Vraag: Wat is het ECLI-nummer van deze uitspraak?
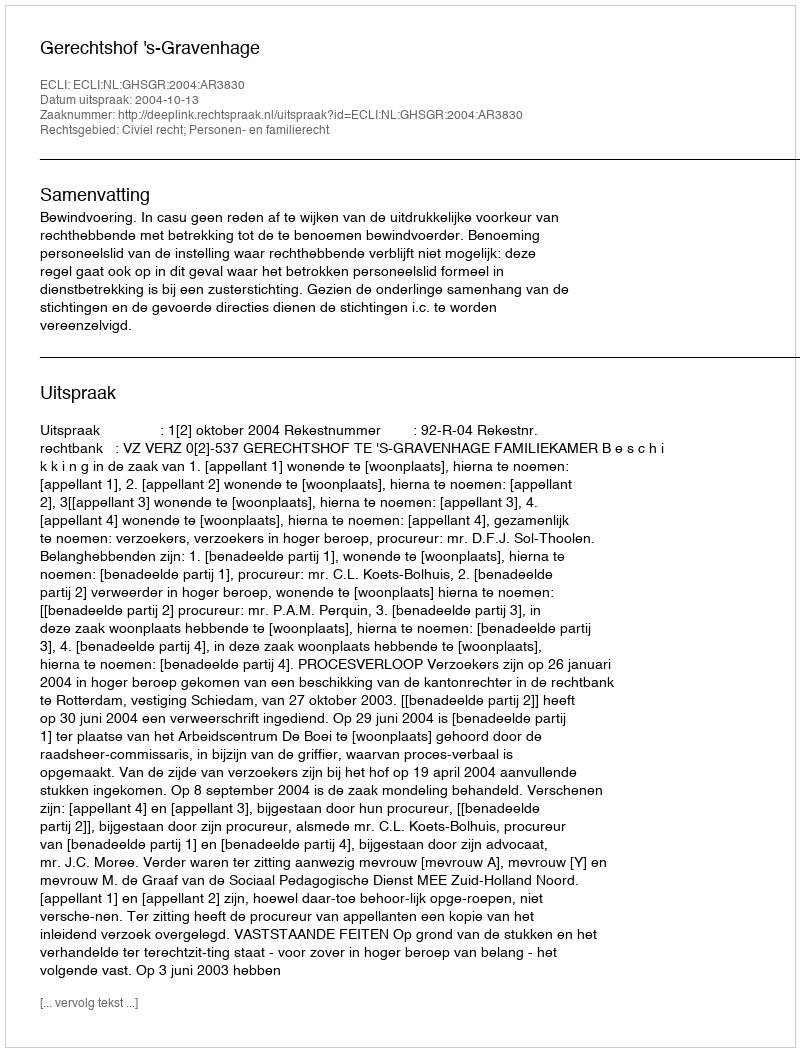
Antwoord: ECLI:NL:GHSGR:2004:AR3830